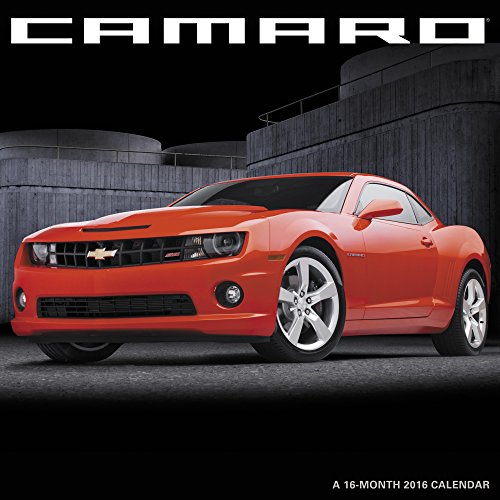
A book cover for Camaro Wall Calendar (2016); Mead; Calendars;